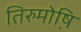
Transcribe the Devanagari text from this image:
तिरुमोष़ि